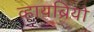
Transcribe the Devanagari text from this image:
व्हायब्रियो